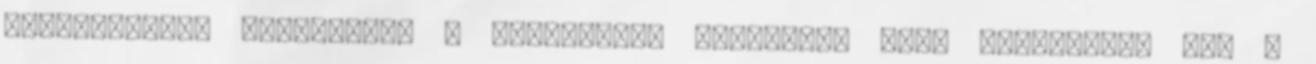
biztosítani. Amennyiben a vállalkozó székhelye vagy telephelye nem a